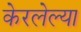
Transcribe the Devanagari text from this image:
केरलेल्या